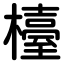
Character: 檯